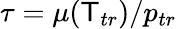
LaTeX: \tau={\mu(\mathsf{T}_{tr})/{{p_{tr}}}}